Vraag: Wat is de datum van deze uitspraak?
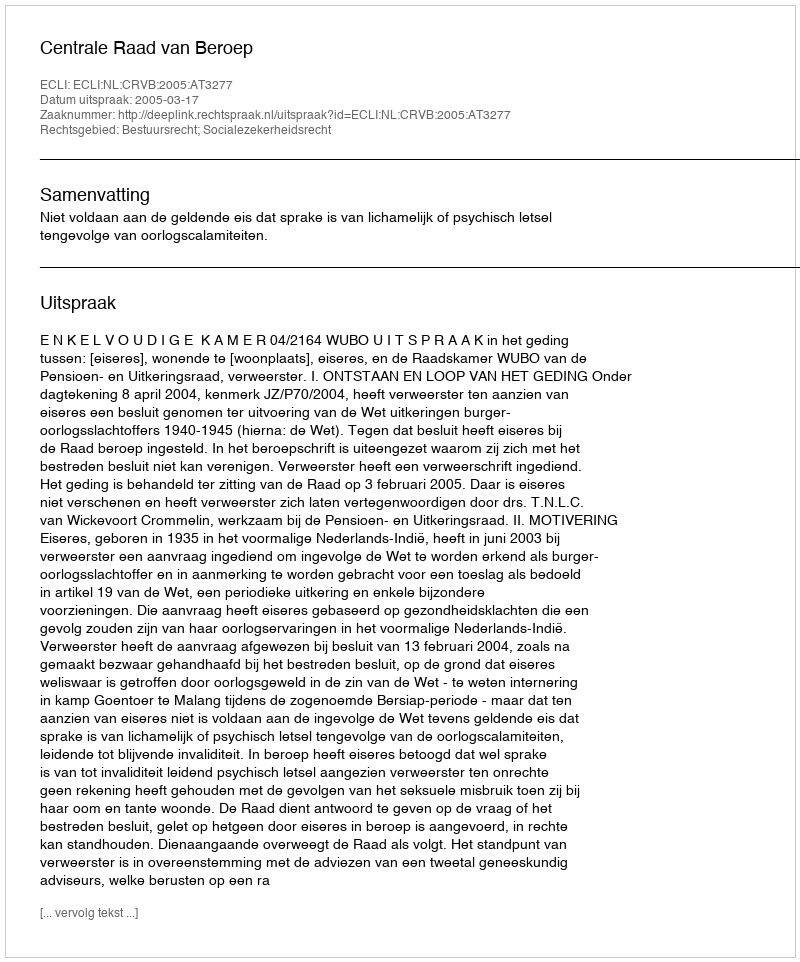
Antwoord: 2005-03-17